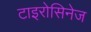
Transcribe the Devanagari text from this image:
टाइरोसिनेज